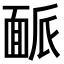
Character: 𩈛